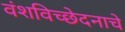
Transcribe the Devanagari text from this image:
वंशविच्छेदनाचे